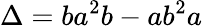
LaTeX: \Delta=ba^{2}b-ab^{2}a